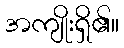
အကျိုးရှိ၏။